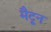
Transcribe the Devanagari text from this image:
मैटून